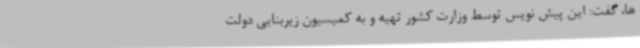
ها، گفت: این پیش نویس توسط وزارت کشور تهیه و به کمیسیون زیربنایی دولت